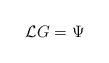
LaTeX: \begin{align*} \mathcal L G = \Psi\end{align*}